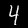
Digit: 4